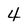
Character: 4